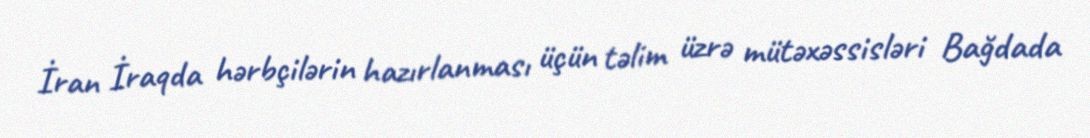
İran İraqda hərbçilərin hazırlanması üçün təlim üzrə mütəxəssisləri Bağdada